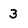
Character: 3